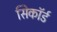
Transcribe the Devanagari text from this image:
सिकॉर्ड